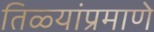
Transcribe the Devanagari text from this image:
तिळ्यांप्रमाणे